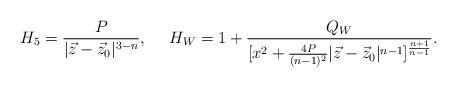
LaTeX: \begin{align*}H_5={P\over{|\vec{z}-\vec{z}_{0}|^{3-n}}},\ \ \ \ H_W=1+{{Q_W}\over{[x^2+{{4P}\over{(n-1)^2}}|\vec{z}-\vec{z}_{0}|^{n-1}]^{{n+1}\over{n-1}}}}.\end{align*}